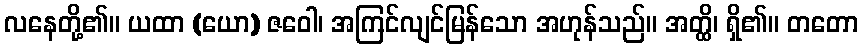
လနေတို့၏။ ယထာ (ယော) ဇဝေါ၊ အကြင်လျင်မြန်သော အဟုန်သည်။ အတ္ထိ၊ ရှိ၏။ တတော